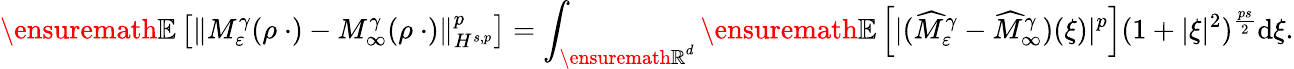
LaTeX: {\ensuremath{\mathbb E}}\left[\| M_{\varepsilon}^{\gamma}(\rho\ \cdot)-M_{\infty}^{\gamma}(\rho\ \cdot)\| _{H^{s,p}}^{p}\right]=\int_{{\ensuremath{\mathbb R}}^{d}}{\ensuremath{\mathbb E}}\left[|(\widehat M_{\varepsilon}^{\gamma}-\widehat M_{\infty}^{\gamma})(\xi)|^{p}\right](1+|\xi|^{2})^{\frac{ps}{2}}\mathrm{d}\xi.